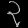
Digit: ၃